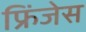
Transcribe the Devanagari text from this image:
फ्रिंजेस